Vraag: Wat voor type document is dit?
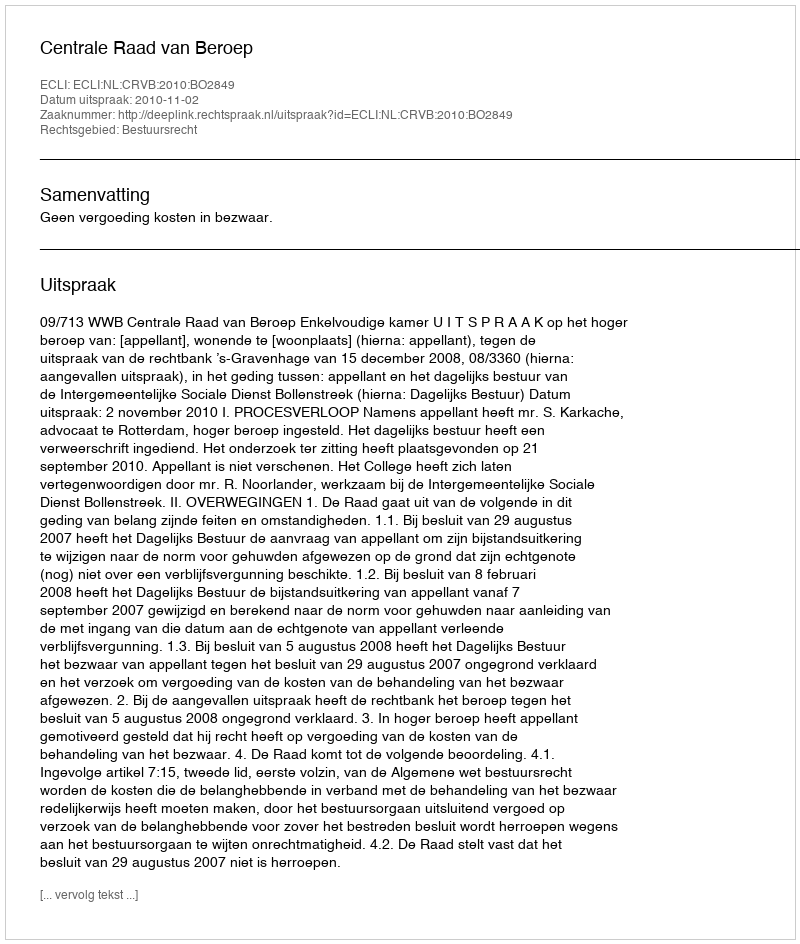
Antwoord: Uitspraak